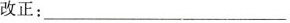
改正：____________